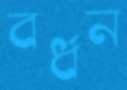
বর্ধন